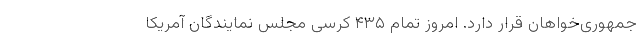
جمهوری‌خواهان قرار دارد. امروز تمام ۴۳۵ کرسی مجلس نمایندگان آمریکا